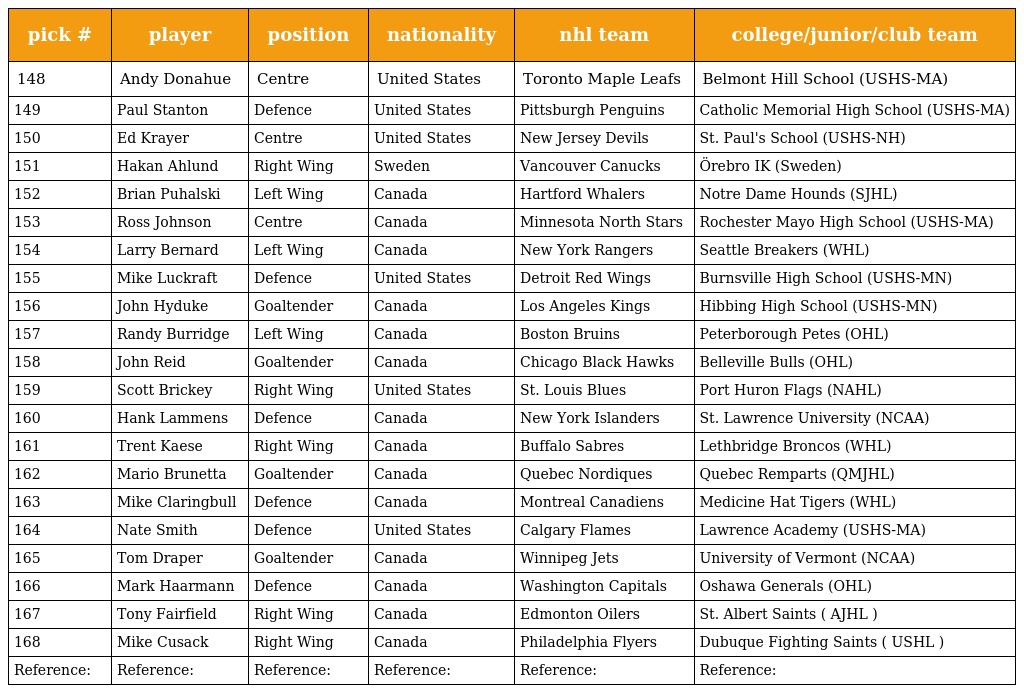
| pick # | player | position | nationality | nhl team | college/junior/club team |
 | --- | --- | --- | --- | --- | --- |
 | 148 | Andy Donahue | Centre | United States | Toronto Maple Leafs | Belmont Hill School (USHS-MA) |
 | 149 | Paul Stanton | Defence | United States | Pittsburgh Penguins | Catholic Memorial High School (USHS-MA) |
 | 150 | Ed Krayer | Centre | United States | New Jersey Devils | St. Paul's School (USHS-NH) |
 | 151 | Hakan Ahlund | Right Wing | Sweden | Vancouver Canucks | Örebro IK (Sweden) |
 | 152 | Brian Puhalski | Left Wing | Canada | Hartford Whalers | Notre Dame Hounds (SJHL) |
 | 153 | Ross Johnson | Centre | Canada | Minnesota North Stars | Rochester Mayo High School (USHS-MA) |
 | 154 | Larry Bernard | Left Wing | Canada | New York Rangers | Seattle Breakers (WHL) |
 | 155 | Mike Luckraft | Defence | United States | Detroit Red Wings | Burnsville High School (USHS-MN) |
 | 156 | John Hyduke | Goaltender | Canada | Los Angeles Kings | Hibbing High School (USHS-MN) |
 | 157 | Randy Burridge | Left Wing | Canada | Boston Bruins | Peterborough Petes (OHL) |
 | 158 | John Reid | Goaltender | Canada | Chicago Black Hawks | Belleville Bulls (OHL) |
 | 159 | Scott Brickey | Right Wing | United States | St. Louis Blues | Port Huron Flags (NAHL) |
 | 160 | Hank Lammens | Defence | Canada | New York Islanders | St. Lawrence University (NCAA) |
 | 161 | Trent Kaese | Right Wing | Canada | Buffalo Sabres | Lethbridge Broncos (WHL) |
 | 162 | Mario Brunetta | Goaltender | Canada | Quebec Nordiques | Quebec Remparts (QMJHL) |
 | 163 | Mike Claringbull | Defence | Canada | Montreal Canadiens | Medicine Hat Tigers (WHL) |
 | 164 | Nate Smith | Defence | United States | Calgary Flames | Lawrence Academy (USHS-MA) |
 | 165 | Tom Draper | Goaltender | Canada | Winnipeg Jets | University of Vermont (NCAA) |
 | 166 | Mark Haarmann | Defence | Canada | Washington Capitals | Oshawa Generals (OHL) |
 | 167 | Tony Fairfield | Right Wing | Canada | Edmonton Oilers | St. Albert Saints ( AJHL ) |
 | 168 | Mike Cusack | Right Wing | Canada | Philadelphia Flyers | Dubuque Fighting Saints ( USHL ) |
 | Reference: | Reference: | Reference: | Reference: | Reference: | Reference: |